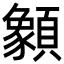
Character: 𩕓